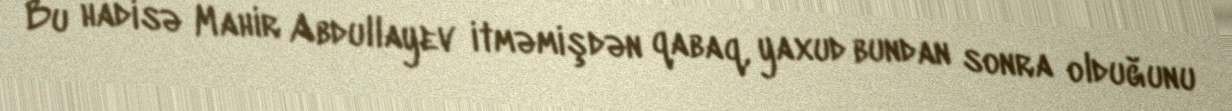
Bu hadisə Mahir Abdullayev itməmişdən qabaq, yaxud bundan sonra olduğunu